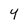
Character: 4